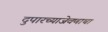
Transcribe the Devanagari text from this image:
दुपारच्याजेवणाचा